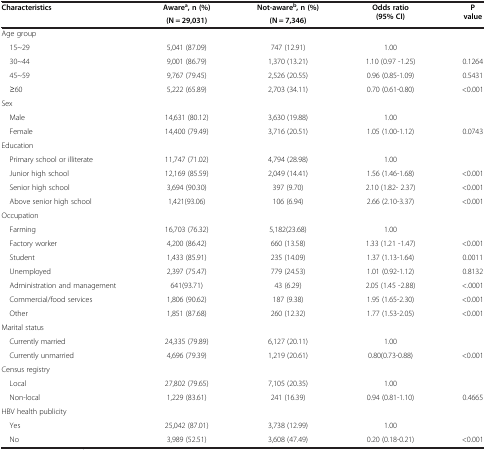
<table><thead><tr><td rowspan="2"><b>Characteristics</b></td><td><b>Aware<sup>a</sup>, n (%)</b></td><td><b>Not-aware<sup>b</sup>, n (%)</b></td><td rowspan="2"><b>Odds ratio (95% CI)</b></td><td rowspan="2"><b>P value</b></td></tr><tr><td><b>(N = 29,031)</b></td><td><b>(N = 7,346)</b></td></tr></thead><tbody><tr><td>Age group</td><td> </td><td> </td><td> </td><td> </td></tr><tr><td> 15~29</td><td>5,041 (87.09)</td><td>747 (12.91)</td><td>1.00</td><td> </td></tr><tr><td> 30~44</td><td>9,001 (86.79)</td><td>1,370 (13.21)</td><td>1.10 (0.97 -1.25)</td><td>0.1264</td></tr><tr><td> 45~59</td><td>9,767 (79.45)</td><td>2,526 (20.55)</td><td>0.96 (0.85-1.09)</td><td>0.5431</td></tr><tr><td> ≥60</td><td>5,222 (65.89)</td><td>2,703 (34.11)</td><td>0.70 (0.61-0.80)</td><td>&lt;0.001</td></tr><tr><td>Sex</td><td> </td><td> </td><td> </td><td> </td></tr><tr><td> Male</td><td>14,631 (80.12)</td><td>3,630 (19.88)</td><td>1.00</td><td> </td></tr><tr><td> Female</td><td>14,400 (79.49)</td><td>3,716 (20.51)</td><td>1.05 (1.00-1.12)</td><td>0.0743</td></tr><tr><td>Education</td><td> </td><td> </td><td> </td><td> </td></tr><tr><td> Primary school or illiterate</td><td>11,747 (71.02)</td><td>4,794 (28.98)</td><td>1.00</td><td> </td></tr><tr><td> Junior high school</td><td>12,169 (85.59)</td><td>2,049 (14.41)</td><td>1.56 (1.46-1.68)</td><td>&lt;0.001</td></tr><tr><td> Senior high school</td><td>3,694 (90.30)</td><td>397 (9.70)</td><td>2.10 (1.82- 2.37)</td><td>&lt;0.001</td></tr><tr><td> Above senior high school</td><td>1,421(93.06)</td><td>106 (6.94)</td><td>2.66 (2.10-3.37)</td><td>&lt;0.001</td></tr><tr><td>Occupation</td><td> </td><td> </td><td> </td><td> </td></tr><tr><td> Farming</td><td>16,703 (76.32)</td><td>5,182(23.68)</td><td>1.00</td><td> </td></tr><tr><td> Factory worker</td><td>4,200 (86.42)</td><td>660 (13.58)</td><td>1.33 (1.21 -1.47)</td><td>&lt;0.001</td></tr><tr><td> Student</td><td>1,433 (85.91)</td><td>235 (14.09)</td><td>1.37 (1.13-1.64)</td><td>0.0011</td></tr><tr><td> Unemployed</td><td>2,397 (75.47)</td><td>779 (24.53)</td><td>1.01 (0.92-1.12)</td><td>0.8132</td></tr><tr><td> Administration and management</td><td>641(93.71)</td><td>43 (6.29)</td><td>2.05 (1.45 -2.88)</td><td>&lt;.0001</td></tr><tr><td> Commercial/food services</td><td>1,806 (90.62)</td><td>187 (9.38)</td><td>1.95 (1.65-2.30)</td><td>&lt;0.001</td></tr><tr><td> Other</td><td>1,851 (87.68)</td><td>260 (12.32)</td><td>1.77 (1.53-2.05)</td><td>&lt;0.001</td></tr><tr><td>Marital status</td><td> </td><td> </td><td> </td><td> </td></tr><tr><td> Currently married</td><td>24,335 (79.89)</td><td>6,127 (20.11)</td><td>1.00</td><td> </td></tr><tr><td> Currently unmarried</td><td>4,696 (79.39)</td><td>1,219 (20.61)</td><td>0.80(0.73-0.88)</td><td>&lt;0.001</td></tr><tr><td>Census registry</td><td> </td><td> </td><td> </td><td> </td></tr><tr><td> Local</td><td>27,802 (79.65)</td><td>7,105 (20.35)</td><td>1.00</td><td> </td></tr><tr><td> Non-local</td><td>1,229 (83.61)</td><td>241 (16.39)</td><td>0.94 (0.81-1.10)</td><td>0.4665</td></tr><tr><td>HBV health publicity</td><td> </td><td> </td><td> </td><td> </td></tr><tr><td> Yes</td><td>25,042 (87.01)</td><td>3,738 (12.99)</td><td>1.00</td><td> </td></tr><tr><td> No</td><td>3,989 (52.51)</td><td>3,608 (47.49)</td><td>0.20 (0.18-0.21)</td><td>&lt;0.001</td></tr></tbody></table>